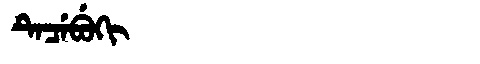
Manchu: ᡨᡝᠴᡝᠪᡠᡴᡳ
Romanization: TECEBUKI